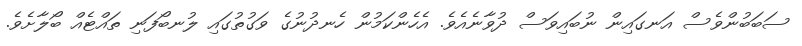
ސަބަބުންވެސް އަނގައިން ނުބައިވަސް ދުވާނެއެވެ. އެހެންކަމުން ހެނދުނުގެ ވަގުތުގައި ލުނބޯފަނި ތައްޓެއް ބޯލާށެވެ.